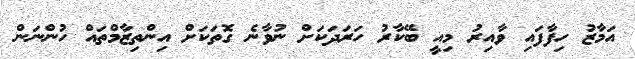
އަމާޒު ހިފާފައި ވާއިރު މިއީ ބޭކާރު ހަރަދަކަށް ނުވާނެ ގޮތަކަށް އިންތިޒާމްތައް ހުންނަން